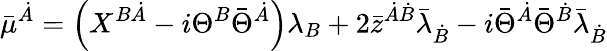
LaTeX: \bar{\mu}^{\dot{A}}=\left(X^{B\dot{A}}-i\Theta^{B}\bar{\Theta}^{\dot{A}}\right)\lambda_{B}+2\bar{z}^{\dot{A}\dot{B}}\bar{\lambda}_{\dot{B}}-i\bar{\Theta}^{\dot{A}}\bar{\Theta}^{\dot{B}}\bar{\lambda}_{\dot{B}}